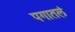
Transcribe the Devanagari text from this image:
पगातलं